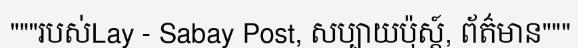
"""របស់Lay - Sabay Post, សប្បាយប៉ុស្ត៍, ព័ត៌មាន"""